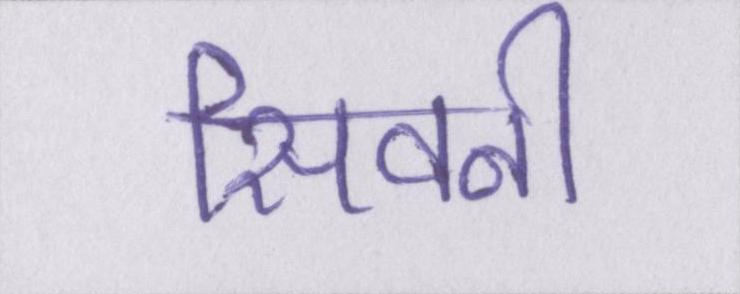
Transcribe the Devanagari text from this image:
सिवनी